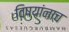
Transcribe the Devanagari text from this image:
विषयांनाच